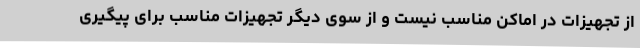
از تجهیزات در اماکن مناسب نیست و از سوی دیگر تجهیزات مناسب برای پیگیری